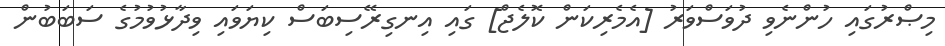
މިޞްރުގައި ހުންނެވި ދުވަސްވަރު [އެމެރިކަން ކޮލެޖް] ގައި އިނގިރޭސިބަސް ކިޔަވައި ވިދާޅުވުމުގެ ސަބަބުން